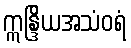
ဣန္ဒြိယအသံဝရံ